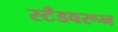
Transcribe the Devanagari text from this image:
स्टँडवरून